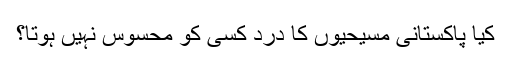
کیا پاکستانی مسیحیوں کا درد کسی کو محسوس نہیں ہوتا؟